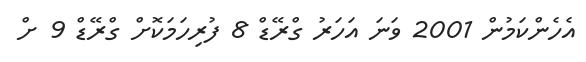
އެހެންކަމުން 2001 ވަނަ އަހަރު ގްރޭޑް 8 ފުރިހަމަކޮށް ގްރޭޑް 9 ށް